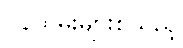
ဝန်ထမ်းများစသည့်